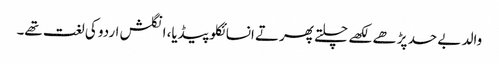
والد بے حد پڑھے لکھے چلتے پھرتے انسائکلوپیڈیا، انگلش اردو کی لغت تھے۔